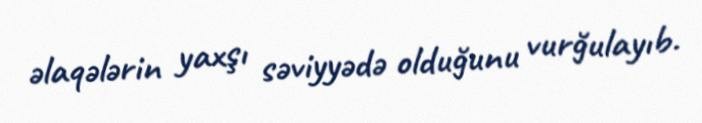
əlaqələrin yaxşı səviyyədə olduğunu vurğulayıb.